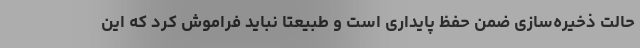
حالت ذخیره‌سازی ضمن حفظ پایداری است و طبیعتا نباید فراموش کرد که این